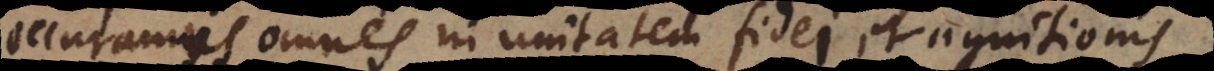
curramus omnes in unitatem fidei et agnitionis